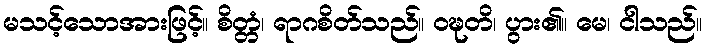
မသင့်သောအားဖြင့်။ စိတ္တံ၊ ရာဂစိတ်သည်။ ဝဍ္ဎတိ၊ ပွား၏။ မေ၊ ငါသည်။